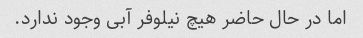
اما در حال حاضر هیچ نیلوفر آبی وجود ندارد.